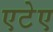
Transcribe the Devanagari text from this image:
एटेए